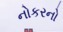
નોકરનો